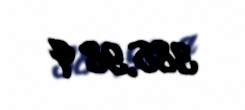
385,98 q